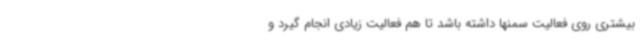
بیشتری روی فعالیت سمنها داشته باشد تا هم فعالیت زیادی انجام گیرد و